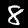
Label: 8